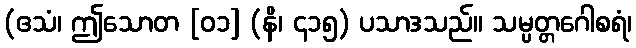
(ဧသံ၊ ဤသောတ [၀၁] (နိ၊ ၄၁၅) ပသာဒသည်။ သမ္ပတ္တဂေါစရံ၊